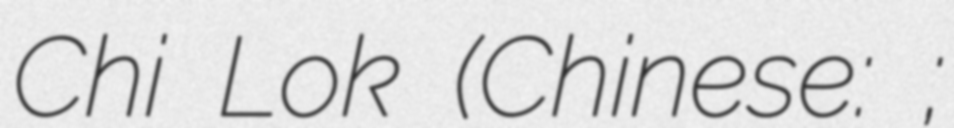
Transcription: Chi Lok (Chinese: 劉智樂;